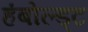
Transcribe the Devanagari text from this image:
हंबोल्ड्ट